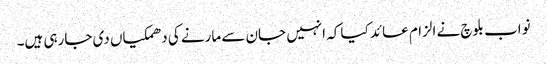
نواب بلوچ نے الزام عائد کیا کہ انہیں جان سے مارنے کی دھمکیاں دی جارہی ہیں۔